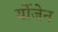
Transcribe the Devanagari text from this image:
र्योजेन